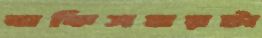
বাকিসময়টা